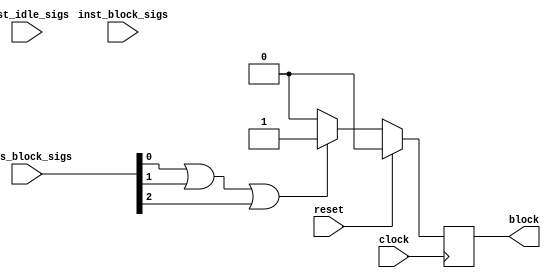
`timescale 1 ns / 1 ps

module MatrixVectorActivation_1_hls_deadlock_idx1_monitor ( // for module MatrixVectorActivation_1_MatrixVectorActivation_1_inst.grp_Matrix_Vector_Activate_Stream_Batch_fu_30
    input wire clock,
    input wire reset,
    input wire [2:0] axis_block_sigs,
    input wire [1:0] inst_idle_sigs,
    input wire [0:0] inst_block_sigs,
    output wire block
);

// signal declare
reg monitor_find_block;
wire sub_parallel_block;
wire all_sub_parallel_has_block;
wire all_sub_single_has_block;
wire cur_axis_has_block;
wire seq_is_axis_block;

assign block = monitor_find_block;
assign all_sub_parallel_has_block = 1'b0;
assign all_sub_single_has_block = 1'b0;
assign cur_axis_has_block = 1'b0 | axis_block_sigs[0] | axis_block_sigs[1] | axis_block_sigs[2];
assign seq_is_axis_block = all_sub_parallel_has_block | all_sub_single_has_block | cur_axis_has_block;

always @(posedge clock) begin
    if (reset == 1'b1)
        monitor_find_block <= 1'b0;
    else if (seq_is_axis_block == 1'b1)
        monitor_find_block <= 1'b1;
    else
        monitor_find_block <= 1'b0;
end


// instant sub module
endmodule